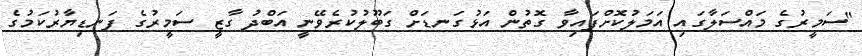
"ސަމީރުގެ މައްސަލާގައި އަމަލުކޮށްފައިވާ ގޮތުން އަޅުގަނޑަށް ގަބޫލުކުރެވޭނީ އަބްދު ގާޒީ ސަމީރުގެ ފަނޑިޔާރުކަމުގެ